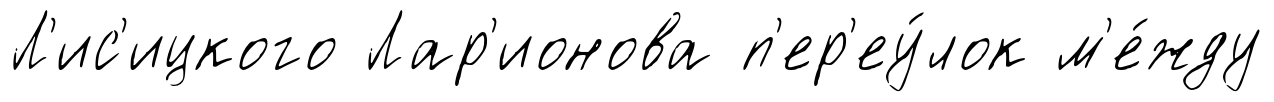
Л'ис'ицкого Лар'ионова п'ер'еу́лок м'е́жду